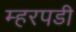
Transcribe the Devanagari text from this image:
म्हरपडी